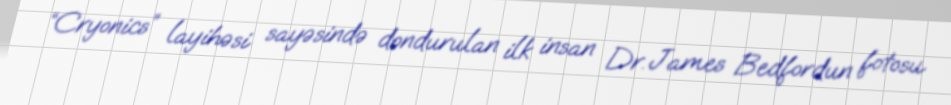
“Cryonics” layihəsi sayəsində dondurulan ilk insan Dr. James Bedfordun fotosu